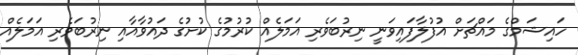
ހައިޝަމްގެ މައްޗަށް އުފުލާފައިވަނީ ނިރުބަވެރި އަމަލެއް ކުރުމުގެ ކުށުގެ ދައުވާއާއި ނިރުބަވެރި އަމަލެއް